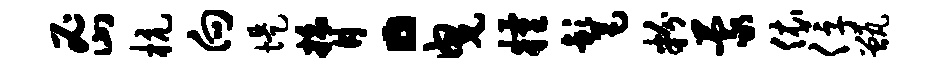
密杭向堤膂。曳粮髦粉蒙依俘甑